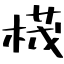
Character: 𣕚